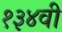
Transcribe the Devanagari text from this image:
१३४वी